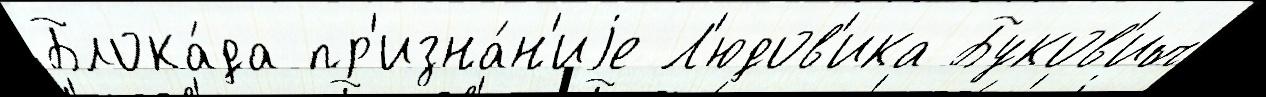
Блока́да пр'изна́н'иjе Л'юдов'ика Буков'ич